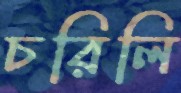
চরিলি